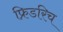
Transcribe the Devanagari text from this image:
फ्रिडरिच